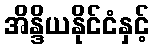
အိန္ဒိယနိုင်ငံနှင့်